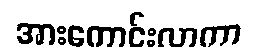
အားကောင်းလာကာ